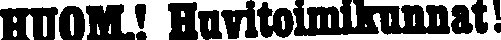
HUOM! Huvitoimikunnat!